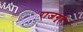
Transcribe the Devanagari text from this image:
राजगृहे